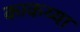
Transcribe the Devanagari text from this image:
काकय्या